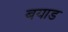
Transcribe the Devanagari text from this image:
बयाड